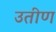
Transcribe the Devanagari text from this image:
उतीण